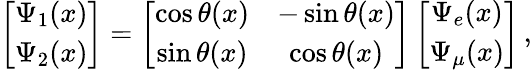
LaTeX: \left[\begin{array}{cc}{{\Psi_{1}(x)}}\\ {{\Psi_{2}(x)}}\end{array}\right]=\left[\begin{array}{cc}{{\cos{\theta(x)}}}&{{-\sin{\theta(x)}}}\\ {{\sin{\theta(x)}}}&{{\cos{\theta(x)}}}\end{array}\right]\left[\begin{array}{cc}{{\Psi_{e}(x)}}\\ {{\Psi_{\mu}(x)}}\end{array}\right]\, ,